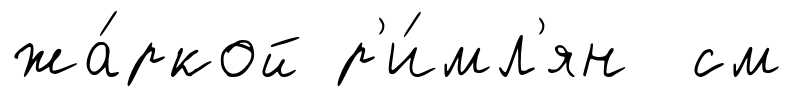
жа́ркой р'и́мл'ян см